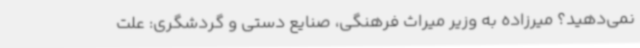
نمی‌دهید؟ میرزاده به وزیر میراث فرهنگی، صنایع دستی و گردشگری: علت